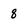
Character: 8